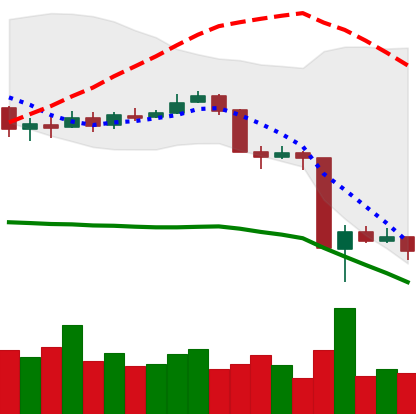
Ticker: BNB-USD
Chart end date: 2020-03-16
Forward return: 28.467%
Label: up_7plus